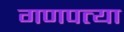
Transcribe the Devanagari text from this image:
गणपत्या